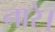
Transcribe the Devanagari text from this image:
नारे।